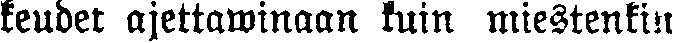
keudet ajettawinaan kuin miestenkin